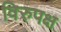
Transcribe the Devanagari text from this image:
विरुपक्ष